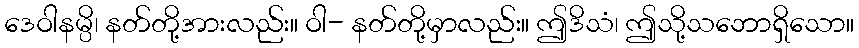
ဒေဝါနမ္ပိ၊ နတ်တို့အားလည်း။ ဝါ- နတ်တို့မှာလည်း။ ဤဒိသံ၊ ဤသို့သဘောရှိသော။